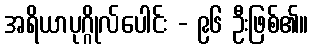
အရိယာပုဂ္ဂိုလ်ပေါင်း - ၉၆ ဦးဖြစ်၏။